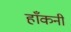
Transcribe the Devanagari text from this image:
हाँकनी